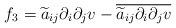
\begin{align*}f_3=\widetilde a_{ij}\partial_i\partial_j v-\overline{\widetilde a_{ij}\partial_i\partial_j v}\end{align*}